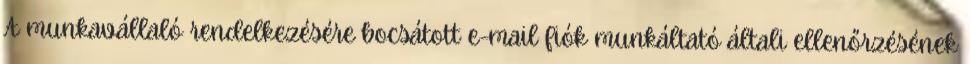
A munkavállaló rendelkezésére bocsátott e-mail fiók munkáltató általi ellenőrzésének